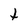
Character: t